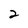
Character: 2